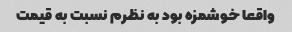
واقعا خوشمزه بود به نظرم نسبت به قیمت